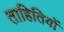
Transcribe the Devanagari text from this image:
ताहितियों